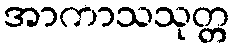
အာကာသသုတ္တ